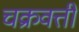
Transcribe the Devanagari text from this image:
चक्रवत्तीं